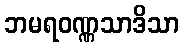
ဘမရဝဏ္ဏသာဒိသာ